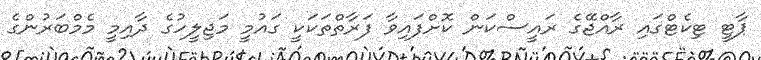
ޕާޓީ ޓިކެޓްގައި ރާއްޖޭގެ ރައީސްކަން ކޮށްފައިވާ ފަރާތްތަކަކީ ގައުމީ މަޖިލީހުގެ ދާއިމީ މެމްބަރުންގެ